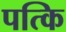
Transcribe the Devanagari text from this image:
पत्कि